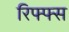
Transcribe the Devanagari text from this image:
रिफ्फ्स